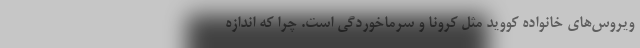
ویروس‌های خانواده کووید مثل کرونا و سرماخوردگی است. چرا که اندازه